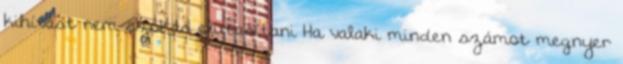
kihívást nem szokás elutasítani Ha valaki minden számot megnyer